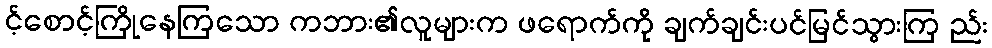
င့်စောင့်ကြိုနေကြသော ကဘား၏လူများက ဖရောက်ကို ချက်ချင်းပင်မြင်သွားကြ ည်း